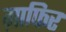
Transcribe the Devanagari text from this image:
ग़ाफिर